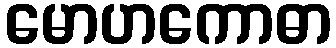
မောဟကောဓာ